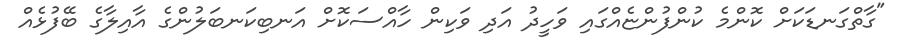
"ގާތްގަނޑަކަށް ކޮންމެ ކުންފުންޏެއްގައި ވަހީދު އަދި ވަކިން ހާއްސަކޮށް އަނބިކަނބަލުންގެ އާއިލާގެ ބޭފުޅެއް